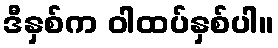
ဒီနှစ်က ဝါထပ်နှစ်ပါ။